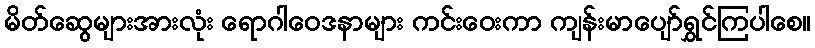
မိတ်ဆွေများအားလုံး ရောဂါဝေဒနာများ ကင်းဝေးကာ ကျန်းမာပျော်ရွှင်ကြပါစေ။